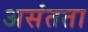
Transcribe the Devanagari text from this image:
असंतता